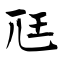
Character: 尫